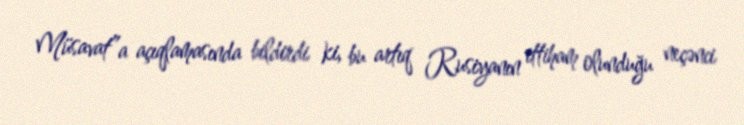
Müsavat”a açıqlamasında bildirdi ki, bu artıq Rusiyanın ittiham olunduğu neçənci